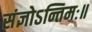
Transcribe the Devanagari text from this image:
संज्ञोऽन्तिमः॥